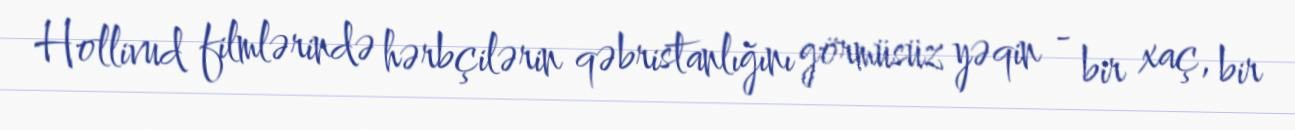
Hollivud filmlərində hərbçilərin qəbristanlığını görmüsüz yəqin - bir xaç, bir